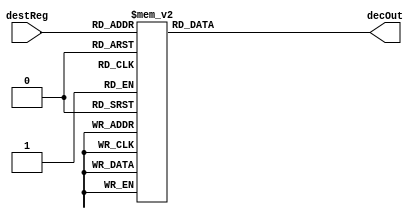
module decoder3to8( input [2:0] destReg, output reg [7:0] decOut);
	always@(destReg)
	begin
		case(destReg)
		3'b000: decOut=8'b00000001;
		3'b001: decOut=8'b00000010;
		3'b010: decOut=8'b00000100;
		3'b011: decOut=8'b00001000;
		3'b100: decOut=8'b00010000;
		3'b101: decOut=8'b00100000;
		3'b110: decOut=8'b01000000;
		3'b111: decOut=8'b10000000;
		endcase
	end
endmodule